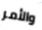
والأمر